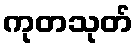
ကုတသုတ်